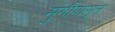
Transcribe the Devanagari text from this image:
मुंगीपासून